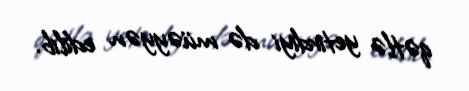
qətlə yetirdiyi də müəyyən edilib.